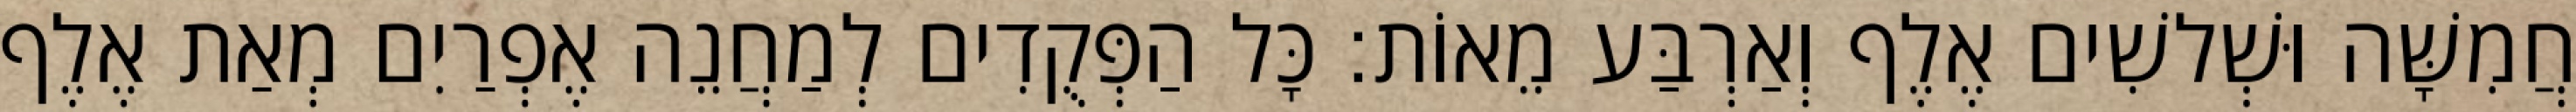
חֲמִשָּׁה וּשְׁלשִׁים אֶלֶף וְאַרְבַּע מֵאוֹת׃ כָּל הַפְּקֻדִים לְמַחֲנֵה אֶפְרַיִם מְאַת אֶלֶף